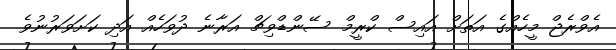
އެވްރެޖް މީހެއްގެ އަތަށް އައިސް ކްރީމް ސޭންޑްވިޗް އަރާނެ ދުވަހެއް އަދި ކަށަވަރުނުވެ